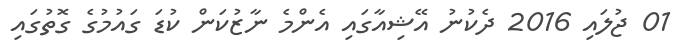
01 ޖުލައި 2016 ދެކުނު އޭޝިއާގައި އެންމެ ނާޒުކަން ކުޑަ ގައުމުގެ ގޮތުގައި